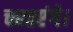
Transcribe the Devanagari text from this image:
चलाएंगे।